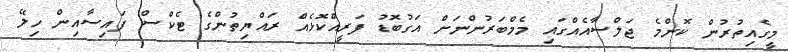
މީގެއިތުރުން ކޮންމެ ޖަލްސާއެއްގައި މެމްބަރުންނަށް އަގުބޮޑު ފަރީއްކޮޅެއް ރައްޔިތުންގެ ޓެކްސް ފައިސާއިން ހިލޭ